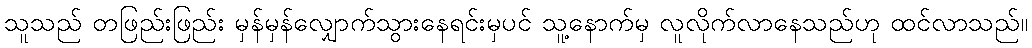
သူသည် တဖြည်းဖြည်း မှန်မှန်လျှောက်သွားနေရင်းမှပင် သူ့နောက်မှ လူလိုက်လာနေသည်ဟု ထင်လာသည်။